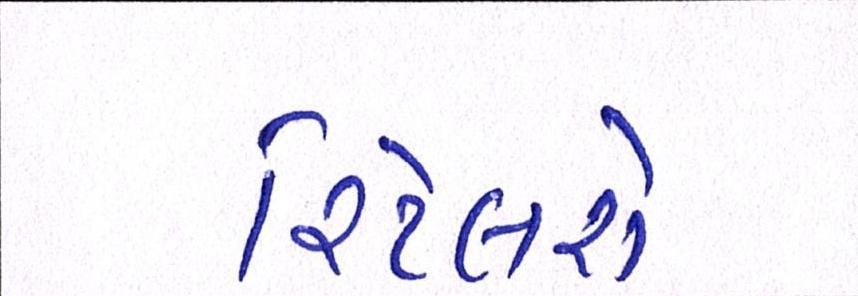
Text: રિટેલરો